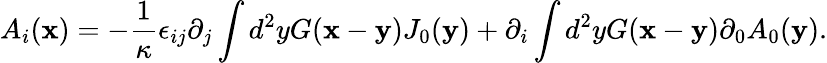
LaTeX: A_{i}({\mathbf x})=-\frac{1}{\kappa}\epsilon_{ij}\partial_{j}\int d^{2}yG({\mathbf x}-{\mathbf y})J_{0}({\mathbf y})+\partial_{i}\int d^{2}yG({\mathbf x}-{\mathbf y})\partial_{0}A_{0}({\mathbf y}).